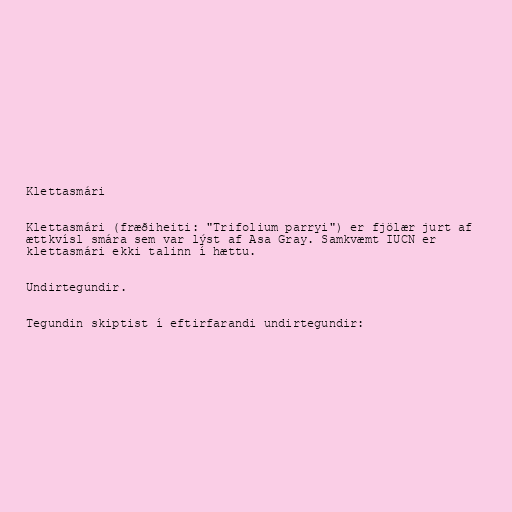
Klettasmári

Klettasmári (fræðiheiti: "Trifolium parryi") er fjölær jurt af
ættkvísl smára sem var lýst af Asa Gray. Samkvæmt IUCN er
klettasmári ekki talinn í hættu.

Undirtegundir.

Tegundin skiptist í eftirfarandi undirtegundir: